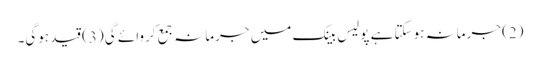
(2) جرمانہ ہوسکتا ہے پولیس بینک میں جرمانہ جمع کروائے گی (3) قید ہوگی۔